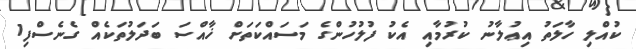
ކުއްލި ހާލަތު އިޢުލާނު ކުރުމާއި އެކު ފުލުހުންގެ މަސައްކަތަށް ޚާއްސަ ބަދަލުތަކެއް ގެނެސްފި1